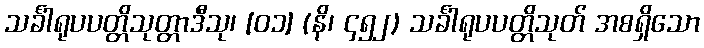
သင်္ခါရုပပတ္တိသုတ္တာဒီသု၊ [၀၁] (နိ၊ ၄၅၂) သင်္ခါရုပပတ္တိသုတ် အစရှိသော